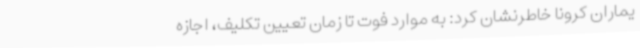
یماران کرونا خاطرنشان کرد: به موارد فوت تا زمان تعیین تکلیف، اجازه